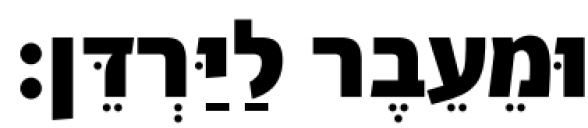
וּמֵעֵבֶר לַיַּרְדֵּן׃